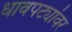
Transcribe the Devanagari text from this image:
धावपट्यांवर